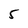
Character: 5